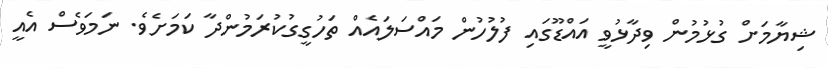
ޝިޔާމަށް ގުޅުމުން ވިދާޅުވީ އައްޑޫގައި ފުލުހުން މައްސަލައެއް ތަހުގީގުކުރަމުންދާ ކަމަށެވެ. ނަމަވެސް އެއީ